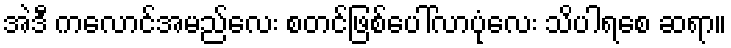
အဲဒီ ကလောင်အမည်လေး စတင်ဖြစ်ပေါ်လာပုံလေး သိပါရစေ ဆရာ။